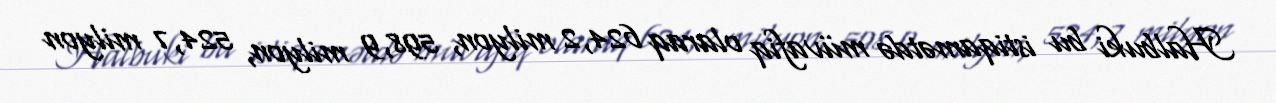
Halbuki bu istiqamətdə müvafiq olaraq 624,2 milyon, 598,9 milyon, 524,7 milyon